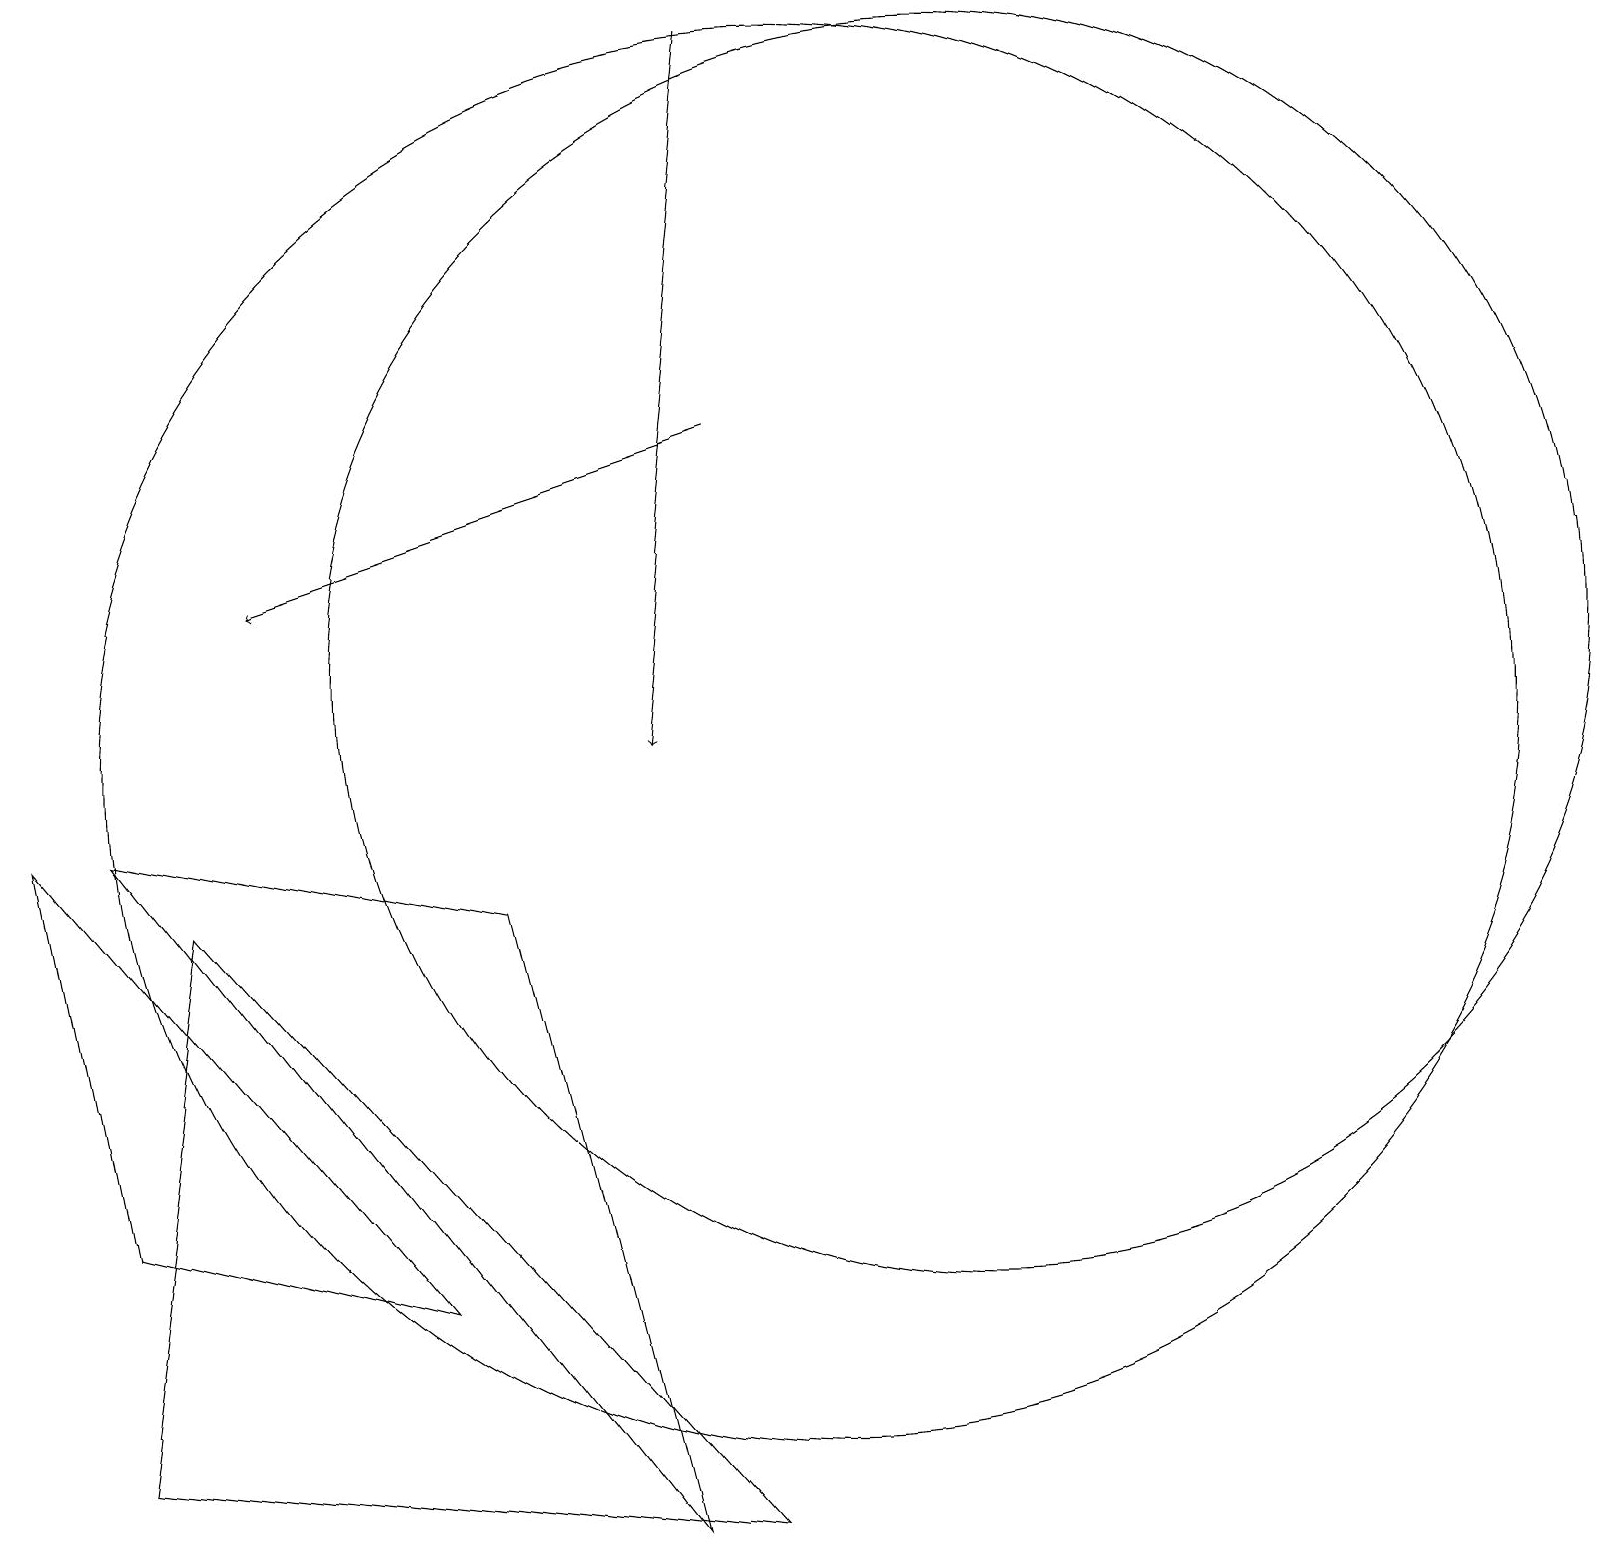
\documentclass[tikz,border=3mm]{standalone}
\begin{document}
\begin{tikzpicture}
\draw[->] (9,19) -- (8,10);
\draw (12,11) circle (8);
\draw (1,9) -- (6,8) -- (8,0) -- cycle;
\draw (10,10) circle (9);
\draw[->] (9,14) -- (3,12);
\draw (2,8) -- (1,1) -- (9,0) -- cycle;
\draw (5,3) -- (0,9) -- (1,4) -- cycle;
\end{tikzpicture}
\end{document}